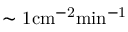
\sim \mathrm { { 1 c m ^ { - 2 } m i n ^ { - 1 } } }